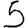
Digit: 5